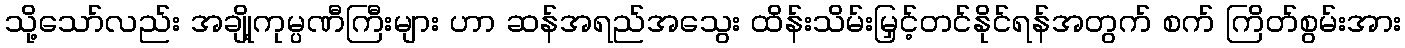
သို့သော်လည်း အချို့ကုမ္ပဏီကြီးများ ဟာ ဆန်အရည်အသွေး ထိန်းသိမ်းမြှင့်တင်နိုင်ရန်အတွက် စက် ကြိတ်စွမ်းအား